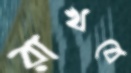
রাখবে